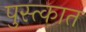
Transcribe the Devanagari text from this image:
पुस्त्कात